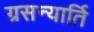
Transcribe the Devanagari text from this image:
ग्रसन्यार्ति